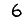
Digit: 6